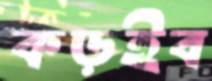
কড়ইব